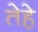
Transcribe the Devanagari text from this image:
तेहे